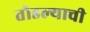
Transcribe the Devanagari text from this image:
तोडल्याची